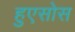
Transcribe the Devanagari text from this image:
हुएसोस